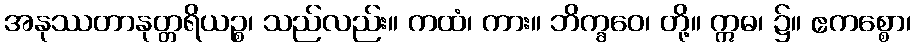
အနုဿတာနုတ္တရိယဉ္စ၊ သည်လည်း။ ကထံ၊ ကား။ ဘိက္ခဝေ၊ တို့။ ဣဓ၊ ၌။ ဧကစ္စော၊